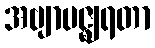
အဗျာပဇ္ဈရတာ